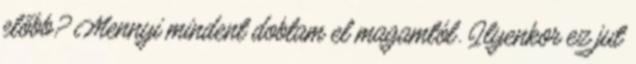
előbb? Mennyi mindent dobtam el magamtól. Ilyenkor ez jut